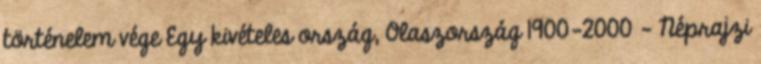
történelem vége Egy kivételes ország, Olaszország 1900-2000 - Néprajzi